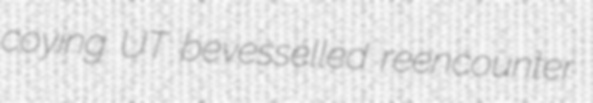
coying UT bevesselled reencounter